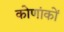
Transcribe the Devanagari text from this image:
कोणांकों